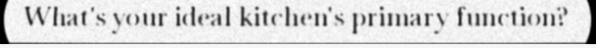
What's your ideal kitchen's primary function?